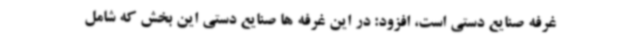
غرفه صنایع دستی است، افزود: در این غرفه ها صنایع دستی این بخش که شامل